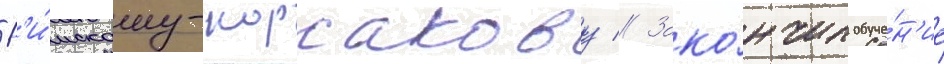
Р'и́мскому-корсакову // Зако́нчил обуче́н'ие